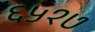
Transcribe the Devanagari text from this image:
६५१७